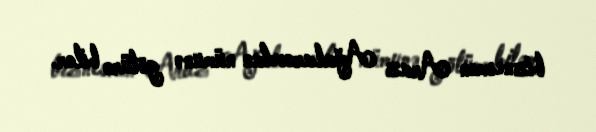
biznesmen Araz Ağalarovdan nümunə götürə bilər.